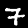
Digit: 7